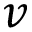
v